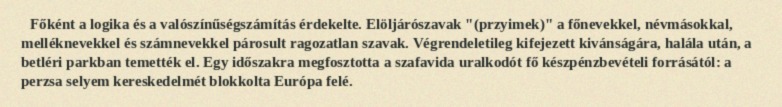
Főként a logika és a valószínűségszámítás érdekelte. Elöljárószavak "(przyimek)" a főnevekkel, névmásokkal, melléknevekkel és számnevekkel párosult ragozatlan szavak. Végrendeletileg kifejezett kivánságára, halála után, a betléri parkban temették el. Egy időszakra megfosztotta a szafavida uralkodót fő készpénzbevételi forrásától: a perzsa selyem kereskedelmét blokkolta Európa felé.